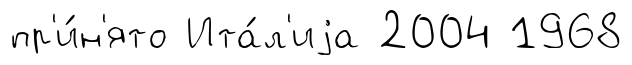
пр'и́н'ято Ита́л'иjа 2004 1968